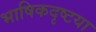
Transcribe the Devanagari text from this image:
भाषिकदृष्टया